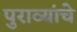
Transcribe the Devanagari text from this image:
पुराव्यांचे